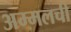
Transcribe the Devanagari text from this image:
अम्मलची